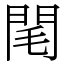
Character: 閐